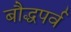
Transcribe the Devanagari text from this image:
बौद्धपर्व